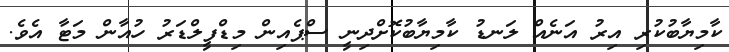
ކާމިޔާބުކުރި އިރު އަނެއް ލަނޑު ކާމިޔާބުކޮށްދިނީ ސްޕެއިން މިޑްފީލްޑަރު ހުއާން މަޓާ އެވެ.